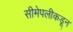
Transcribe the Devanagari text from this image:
सीमेपलीकडून